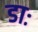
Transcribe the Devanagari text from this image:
डाः